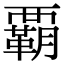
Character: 覇